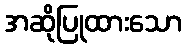
အဆိုပြုထားသော